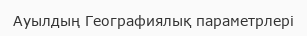
Ауылдың Географиялық параметрлері